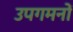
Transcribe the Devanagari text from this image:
उपगमनों